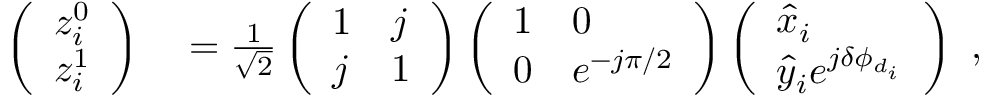
\begin{array} { r l } { \left( \begin{array} { l } { z _ { i } ^ { 0 } } \\ { z _ { i } ^ { 1 } } \end{array} \right) } & { { } = \frac { 1 } { \sqrt { 2 } } \left( \begin{array} { l l } { 1 } & { j } \\ { j } & { 1 } \end{array} \right) \left( \begin{array} { l l } { 1 } & { 0 } \\ { 0 } & { e ^ { - j \pi / 2 } } \end{array} \right) \left( \begin{array} { l } { \hat { x } _ { i } } \\ { \hat { y } _ { i } e ^ { j \delta \phi _ { d _ { i } } } } \end{array} \right) } \end{array} ,